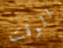
الوقت